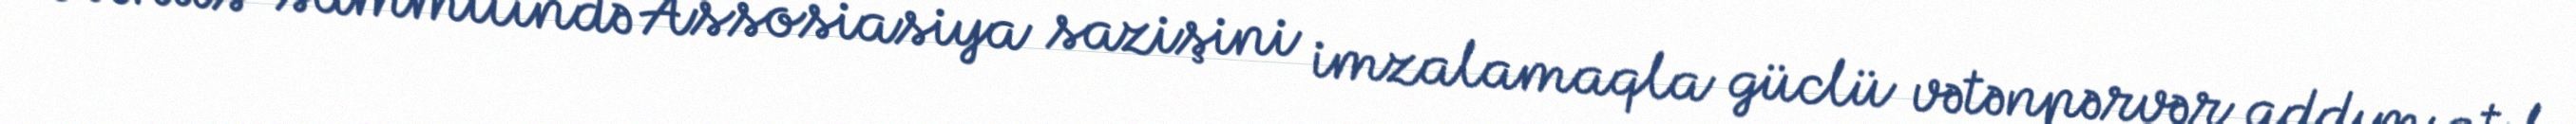
Vilnüs sammitində Assosiasiya sazişini imzalamaqla güclü vətənpərvər addım atıb.